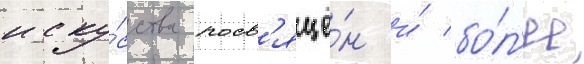
иску́сства посв'ящё́н и́ бо́л'ее